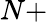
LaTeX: N+